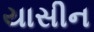
યાસીન